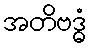
အတိဗဒ္ဓံ